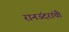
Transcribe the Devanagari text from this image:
रानउंदरांची